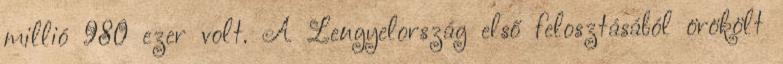
millió 980 ezer volt. A Lengyelország első felosztásából örökölt